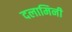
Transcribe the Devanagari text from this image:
दलामिनी